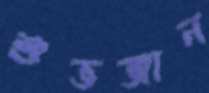
শুভজান